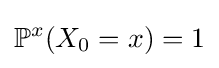
\mathbb {P} ^{x}(X_{0}=x)=1